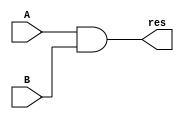
`timescale 1ns / 1ps
//////////////////////////////////////////////////////////////////////////////////
// Company: 
// Engineer: 
// 
// Design Name: 
// Module Name: and32
// Project Name: 
// Target Devices: 
// Tool Versions: 
// Description: 
// 
// Dependencies: 
// 
// Revision:
// Revision 0.01 - File Created
// Additional Comments:
// 
//////////////////////////////////////////////////////////////////////////////////


module and32(
input[31:0] A,
input[31:0] B,
output[31:0] res
    );
    assign res  = A & B;
endmodule